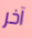
آخر